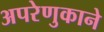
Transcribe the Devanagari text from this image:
अपरेणुकाने